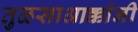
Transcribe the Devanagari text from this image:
तुळसाआक्कांनी